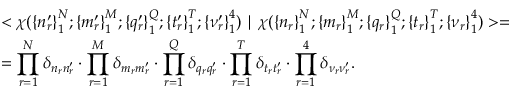
\begin{array} { l } { { < \chi ( { \{ n _ { r } ^ { \prime } \} } _ { 1 } ^ { N } ; { \{ m _ { r } ^ { \prime } \} } _ { 1 } ^ { M } ; { \{ q _ { r } ^ { \prime } \} } _ { 1 } ^ { Q } ; { \{ t _ { r } ^ { \prime } \} } _ { 1 } ^ { T } ; { \{ \nu _ { r } ^ { \prime } \} } _ { 1 } ^ { 4 } ) \mid \chi ( { \{ n _ { r } \} } _ { 1 } ^ { N } ; { \{ m _ { r } \} } _ { 1 } ^ { M } ; { \{ q _ { r } \} } _ { 1 } ^ { Q } ; { \{ t _ { r } \} } _ { 1 } ^ { T } ; { \{ \nu _ { r } \} } _ { 1 } ^ { 4 } ) > = } } \\ { { = \displaystyle \prod _ { r = 1 } ^ { N } \delta _ { n _ { r } n _ { r } ^ { \prime } } \cdot \displaystyle \prod _ { r = 1 } ^ { M } \delta _ { m _ { r } m _ { r } ^ { \prime } } \cdot \displaystyle \prod _ { r = 1 } ^ { Q } \delta _ { q _ { r } q _ { r } ^ { \prime } } \cdot \displaystyle \prod _ { r = 1 } ^ { T } \delta _ { t _ { r } t _ { r } ^ { \prime } } \cdot \displaystyle \prod _ { r = 1 } ^ { 4 } \delta _ { \nu _ { r } \nu _ { r } ^ { \prime } } . } } \end{array}